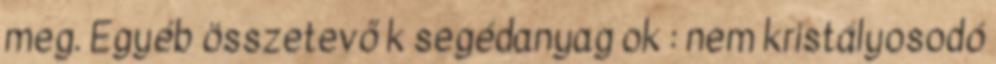
meg. Egyéb összetevő k segédanyag ok : nem kristályosodó